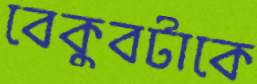
বেকুবটাকে